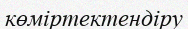
көміртектендіру